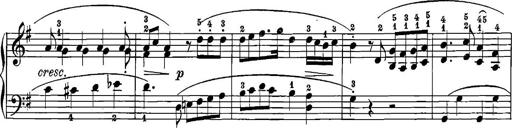
Title: 12 Sonatinas
Composer: Ignaz Pleyel